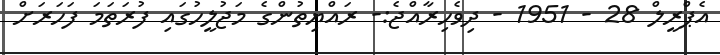
އެޕްރީލް 28 - 1951 - ދިވެހިރާއްޖެ:- ރައްޔިތުންގެ މަޖުލީހުގައި ފުރަތަމަ ފަހަރަށް